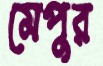
মেপুর